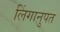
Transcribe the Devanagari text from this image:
लिंगानुपत